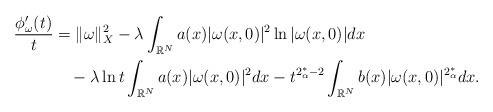
LaTeX: \begin{align*}\frac{\phi'_\omega(t)}{t}&=\|\omega\|_X^2-\lambda\displaystyle\int_{\mathbb{R}^N}a(x)|\omega(x,0)|^2\ln|\omega(x,0)|dx \\&~~~-\lambda\ln t\displaystyle\int_{\mathbb{R}^N}a(x)|\omega(x,0)|^2dx-t^{2_\alpha^*-2}\displaystyle\int_{\mathbb{R}^N}b(x)|\omega(x,0)|^{2_\alpha^*}dx.\end{align*}